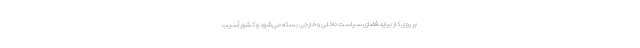
بر روی کار بیاید فضای سیاست داخلی و خارجی بسته می‌شود و کشور آسیب